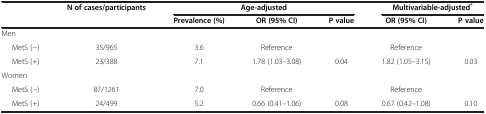
<table><thead><tr><td rowspan="2"><b> </b></td><td><b>N of cases/participants</b></td><td colspan="3"><b>Age-adjusted</b></td><td colspan="2"><b>Multivariable-adjusted<sup>*</sup></b></td></tr><tr><td><b> </b></td><td><b>Prevalence (%)</b></td><td><b>OR (95% CI)</b></td><td><b>P value</b></td><td><b>OR (95% CI)</b></td><td><b>P value</b></td></tr></thead><tbody><tr><td colspan="7">Men</td></tr><tr><td>MetS (−)</td><td>35/965</td><td>3.6</td><td>Reference</td><td> </td><td>Reference</td><td> </td></tr><tr><td>MetS (+)</td><td>23/388</td><td>7.1</td><td>1.78 (1.03–3.08)</td><td>0.04</td><td>1.82 (1.05–3.15)</td><td>0.03</td></tr><tr><td colspan="7">Women</td></tr><tr><td>MetS (−)</td><td>87/1261</td><td>7.0</td><td>Reference</td><td> </td><td>Reference</td><td> </td></tr><tr><td>MetS (+)</td><td>24/499</td><td>5.2</td><td>0.66 (0.41–1.06)</td><td>0.08</td><td>0.67 (0.42–1.08)</td><td>0.10</td></tr></tbody></table>